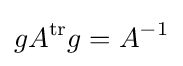
gA^{\mathrm {tr} }g=A^{-1}